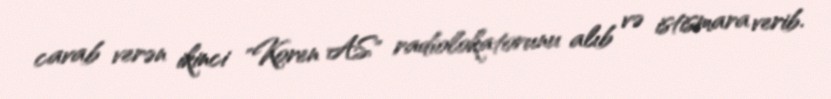
cavab verən ikinci "Koren AS" radiolokatorunu alıb və istismara verib.